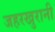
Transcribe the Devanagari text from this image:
जहरखुरानी